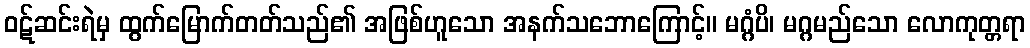
ဝဋ်ဆင်းရဲမှ ထွက်မြောက်တတ်သည်၏ အဖြစ်ဟူသော အနက်သဘောကြောင့်။ မဂ္ဂံပိ၊ မဂ္ဂမည်သော လောကုတ္တရာ